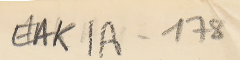
EAK1A - 178